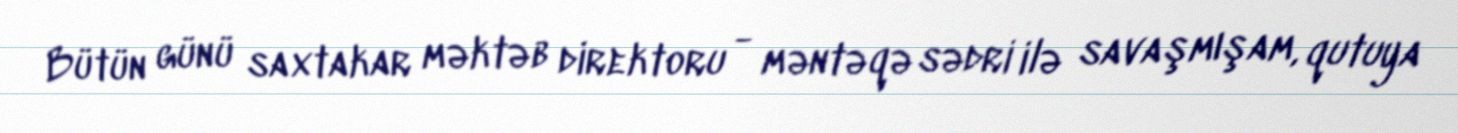
Bütün günü saxtakar məktəb direktoru - məntəqə sədri ilə savaşmışam, qutuya